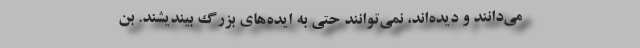
می‌دانند و دیده‌اند، نمی‌توانند حتی به ایده‌های بزرگ بیندیشند. بن